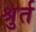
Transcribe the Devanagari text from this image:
श्रुर्त